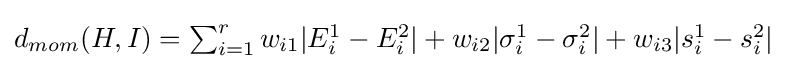
d_{mom}(H,I)=\textstyle \sum _{i=1}^{r}w_{i1}|E_{i}^{1}-E_{i}^{2}|+w_{i2}|\sigma _{i}^{1}-\sigma _{i}^{2}|+w_{i3}|s_{i}^{1}-s_{i}^{2}|